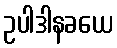
ဥပါဒါနခယေ